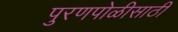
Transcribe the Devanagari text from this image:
पुरणपोळीसाठी